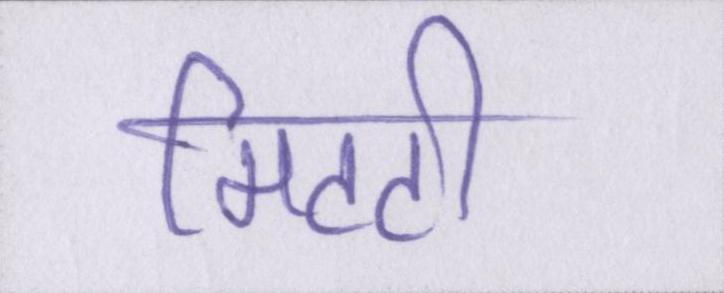
मिटटी